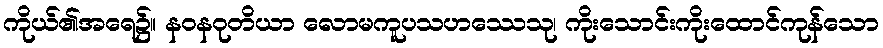
ကိုယ်၏အရေ၌။ နဝနဝုတိယာ လောမကူပသဟဿေသု၊ ကိုးသောင်းကိုးထောင်ကုန်သော